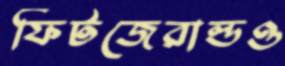
ফিটজেরাল্ডও